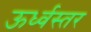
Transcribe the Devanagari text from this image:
ऊर्ध्वस्तर